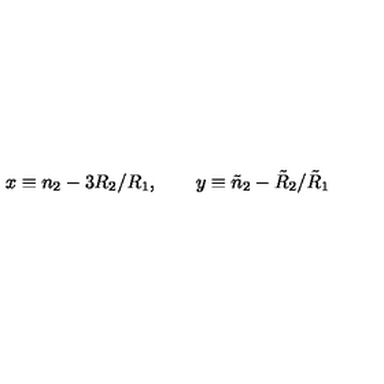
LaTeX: x \equiv n _ { 2 } - 3 R _ { 2 } / R _ { 1 } , \qquad y \equiv \tilde { n } _ { 2 } - \tilde { R } _ { 2 } / \tilde { R } _ { 1 }